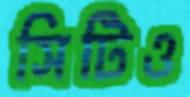
সিটিও